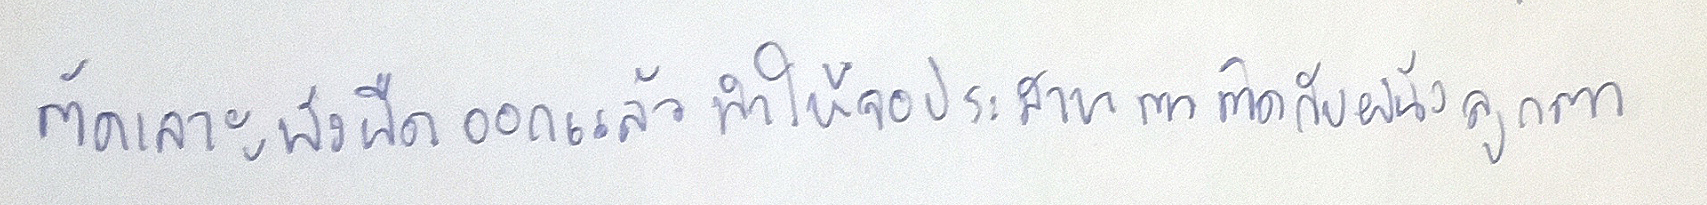
ตัดเลาะพังผืดออกแล้วทำให้จอประสาทตาติดกับผนังลูกตา